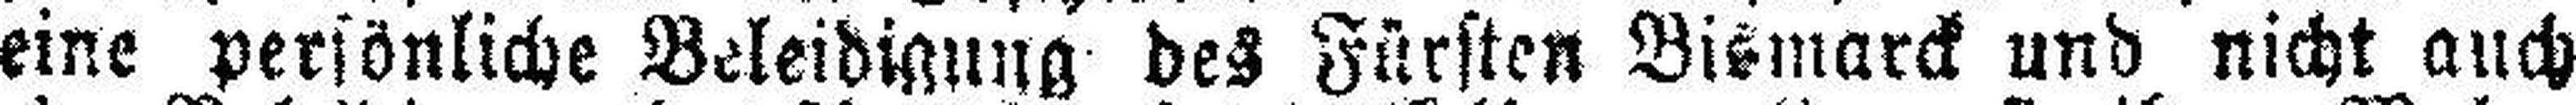
eine persönliche Beleidigung des Fürsten Bismarck und nicht auch